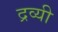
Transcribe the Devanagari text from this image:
द्रव्यी